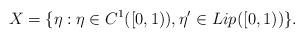
LaTeX: \begin{align*}X=\{\eta:\eta\in C^{1}([0,1)),\eta'\in Lip_{}([0,1))\}.\end{align*}